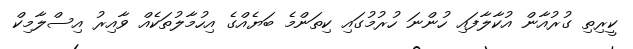
ކީރިތި ގުރުއާން އުކާލާފައި ހުންނަ ހުރުމުގައި ކިތަންމެ ބަޔެއްގެ އިހުމާލުތަކެއް ވާއިރު އިސްލާމިކް